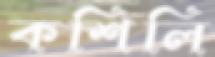
কশিলি